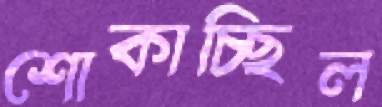
শোকাচ্ছিল